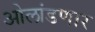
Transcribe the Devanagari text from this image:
ओलांडणार